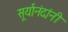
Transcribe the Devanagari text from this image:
सूर्यानंदांनी